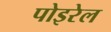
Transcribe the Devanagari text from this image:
पोइरेल